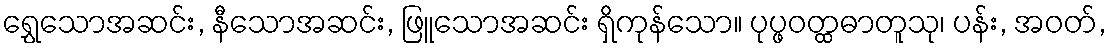
ရွှေသောအဆင်း, နီသောအဆင်း, ဖြူသောအဆင်း ရှိကုန်သော။ ပုပ္ဖဝတ္ထဓာတူသု၊ ပန်း, အဝတ်,